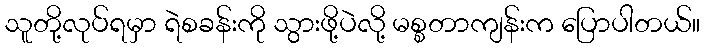
သူတို့လုပ်ရမှာ ရဲစခန်းကို သွားဖို့ပဲလို့ မစ္စတာကျန်းက ပြောပါတယ်။